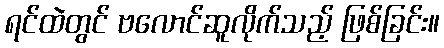
ရင်ထဲတွင် ဗလောင်ဆူလိုက်သည့် ဖြစ်ခြင်း။